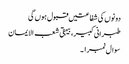
دونوں کی شفاعتیں قبول ہوں گی
طبرانی کبیر، بیہقی شعب الایمان
سوال نمبر ۱۔